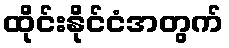
ထိုင်းနိုင်ငံအတွက်